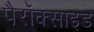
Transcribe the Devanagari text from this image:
पैरॉक्साइड